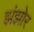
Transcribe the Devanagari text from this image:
झंझोर